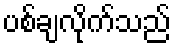
ပစ်ချလိုက်သည်